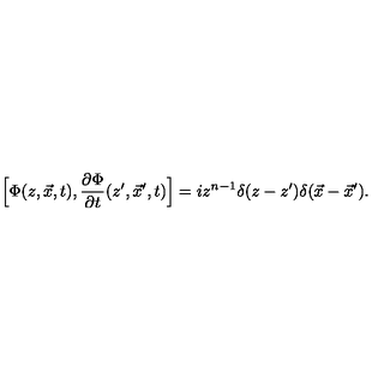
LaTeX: \Big [ \Phi ( z , \vec { x } , t ) , { \frac { \partial \Phi } { \partial t } } ( z ^ { \prime } , \vec { x } ^ { \prime } , t ) \Big ] = i z ^ { n - 1 } \delta ( z - z ^ { \prime } ) \delta ( \vec { x } - { \vec { x } } ^ { \prime } ) .